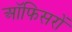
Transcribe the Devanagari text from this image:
ऑफिसरों